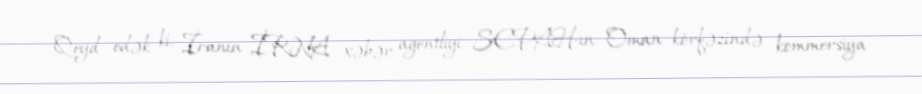
Qeyd edək ki, İranın İRNA xəbər agentliyi SEPAH-ın Oman körfəzində kommersiya